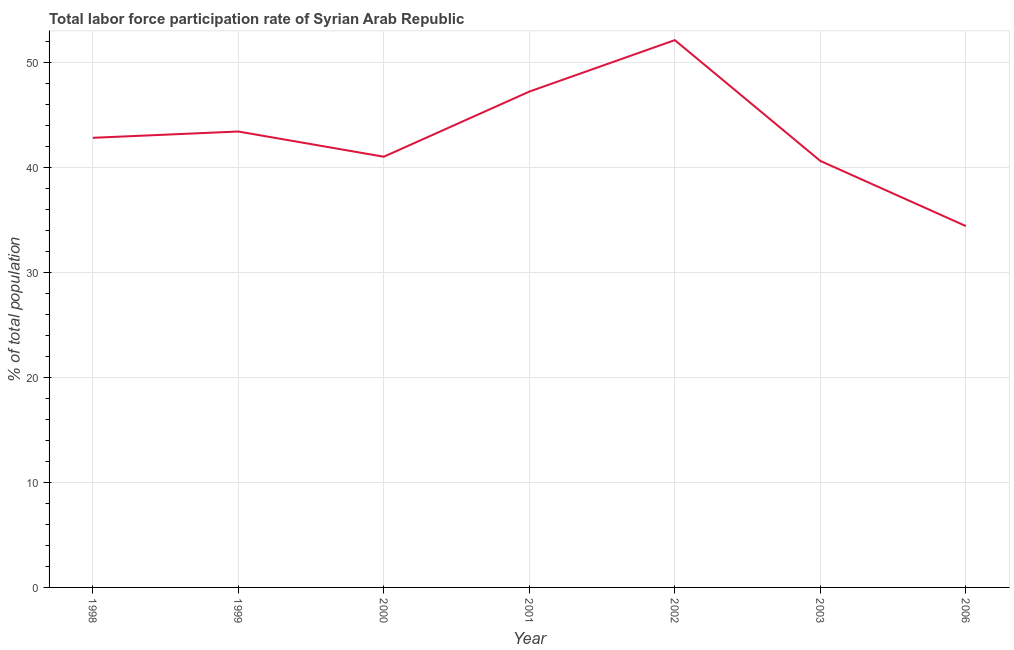
| Year | Labor force participation rate for ages 15-24 total |
 | --- | --- |
 | 1998 | 42.8 |
 | 1999 | 43.4 |
 | 2000 | 41 |
 | 2001 | 47.2 |
 | 2002 | 52.1 |
 | 2003 | 40.6 |
 | 2006 | 34.4 |